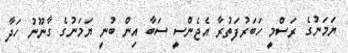
ޔަމަނުގެ ރަސްމީ ހަބަރުފަތުރާ އެޖެންސީ ސަބާ އިން ބުނީ ޔަމަނުގެ ގާނޫނު ހަދާ